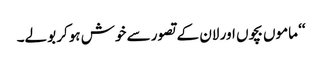
‘‘ ماموں بچوں اور لان کے تصور سے خوش ہوکر بولے۔